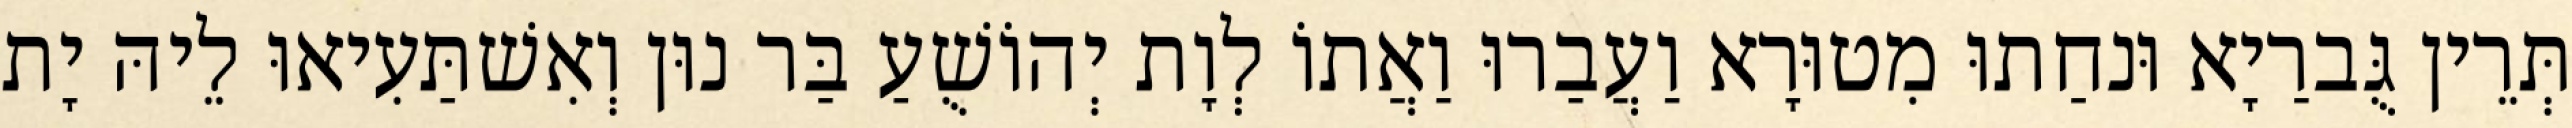
תְּרֵין גֻּברַיָא וּנחַתוּ מִטוּרָא וַעֲבַרוּ וַאֲתוֹ לְוָת יְהוֹשֻׁעַ בַּר נוּן וְאִשׁתַּעִיאוּ לֵיהּ יָת